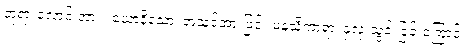
ဘုရားလောင်းအား။ ယောနိသော၊ အသင့်အားဖြင့်။ မနသိကာရာ၊ နှလုံးသွင်းခြင်းကြောင့်။